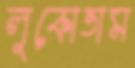
লুকোতাম